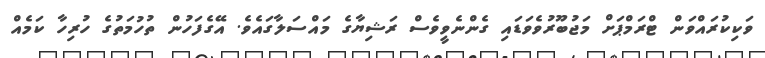
ވަކިކުރައްވަން ޓްރަމްޕަށް މަޖުބޫރުވެވަޑައި ގެންނެވީވެސް ރަޝިޔާގެ މައްސަލާގައެވެ. އޭގެފަހުން ތުހުމަތުގެ ހުރިހާ ކަމެއް